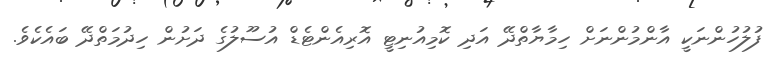
ފުލުހުންނަކީ އާންމުންނަށް ހިމާޔާތްދޭ އަދި ކޮމިއުނިޓީ އޮރިއެންޓެޑް އުސޫލުގެ ދަށުން ހިދުމަތްދޭ ބައެކެވެ.